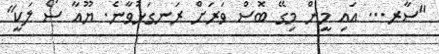
"ސާރ... އައި މީން މިގޭ ބޮސް ވަރަށް ރަނގަޅުވާނެ. ޔޫއާ ސޯ ލަކީ"